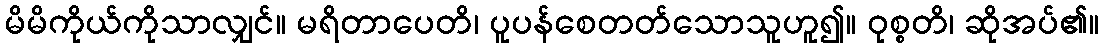
မိမိကိုယ်ကိုသာလျှင်။ မရိတာပေတိ၊ ပူပန်စေတတ်သောသူဟူ၍။ ဝုစ္စတိ၊ ဆိုအပ်၏။